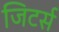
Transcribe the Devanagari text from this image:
जिटर्स